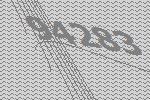
94283